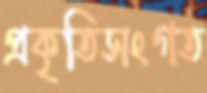
প্রকৃতিসংগত